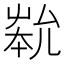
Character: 𡴞